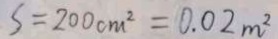
S = 2 0 0 c m ^ { 2 } = 0 . 0 2 m ^ { 2 }